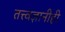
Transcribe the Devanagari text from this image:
तत्त्वज्ञानीही